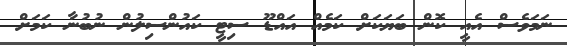
ނަމަވެސް އެއީ ކޮން ބަޔަކަށް ކަމެއް އައްޑޫ ސިޓީ ކައުންސިލުން ނުބުނާ ކަމަށް